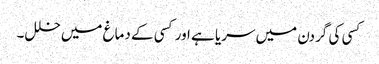
کسی کی گردن میں سریا ہے اور کسی کے دماغ میں خلل۔